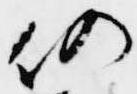
仍